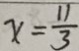
x = \frac { 1 1 } { 3 }